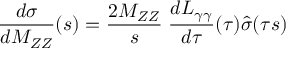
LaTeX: \frac { d \sigma } { d M _ { Z Z } } ( s ) = \frac { 2 M _ { Z Z } } { s } \; \frac { d { \cal L } _ { \gamma \gamma } } { d \tau } ( \tau ) \hat { \sigma } ( \tau s )